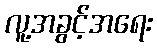
လူ့အခွင့်အရေး